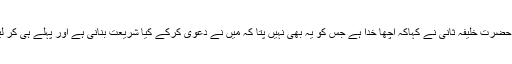
تو حضرت خلیفہ ثانیؓ نے کہاکہ اچھا خدا ہے جس کو یہ بھی نہیں پتا کہ میں نے دعویٰ کرکے کیا شریعت بنانی ہے اور پہلے ہی کر لیں۔